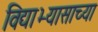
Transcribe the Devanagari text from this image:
विद्याभ्यासाच्या